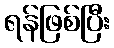
ရန်ဖြစ်ပြီး